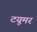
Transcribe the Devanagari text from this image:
टयूमर